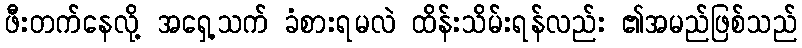
ဖီးတက်နေလို့ အရှေ့သက် ခံစားရမလဲ ထိန်းသိမ်းရန်လည်း ၏အမည်ဖြစ်သည်